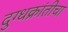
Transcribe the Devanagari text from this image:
दुग्धक्रांतीचा